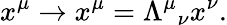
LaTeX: x^{\mu}\rightarrow x^{\mu}=\Lambda^{\mu}{}_{\nu}x^{\nu}.